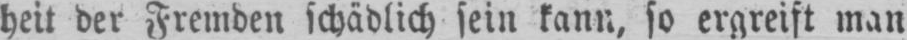
heit der Fremden schädlich sein kann, so ergreift man